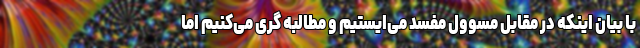
با بیان اینکه در مقابل مسوول مفسد می‌ایستیم و مطالبه گری می‌کنیم اما